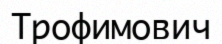
Трофимович